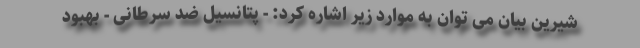
شیرین بیان می توان به موارد زیر اشاره کرد: - پتانسیل ضد سرطانی - بهبود